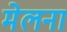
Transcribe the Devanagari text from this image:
मेलना